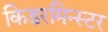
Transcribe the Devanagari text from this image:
किडरमिन्स्टर